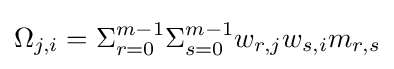
\Omega _{j,i}=\Sigma _{r=0}^{m-1}\Sigma _{s=0}^{m-1}w_{r,j}w_{s,i}m_{r,s}